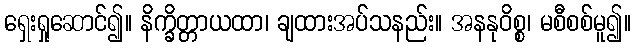
ရှေးရှုဆောင်၍။ နိက္ခိတ္တာယထာ၊ ချထားအပ်သနည်း။ အနနုဝိစ္စ၊ မစီစစ်မူ၍။